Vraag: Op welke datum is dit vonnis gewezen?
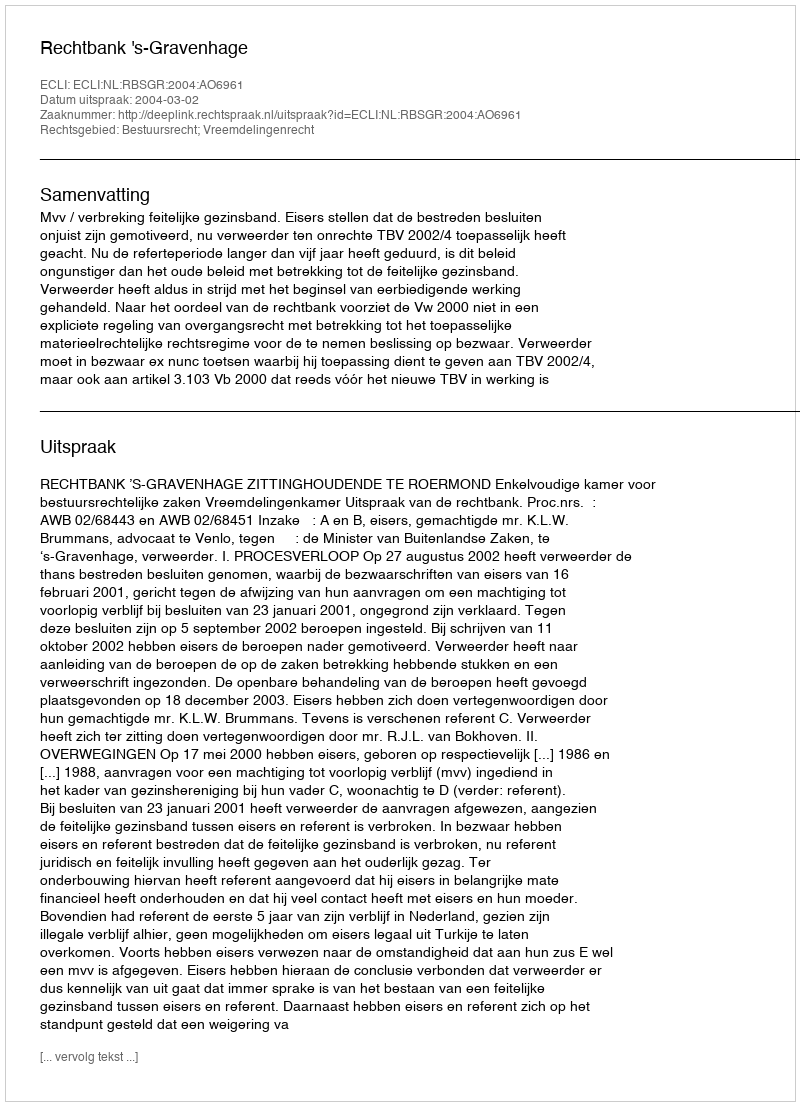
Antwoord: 2004-03-02